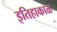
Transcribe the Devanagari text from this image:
इतिहाकाळ